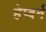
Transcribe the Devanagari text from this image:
हेप्बर्न